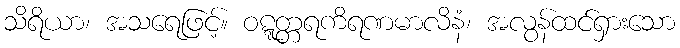
သိရိယာ၊ အသရေဖြင့်။ ဝဋ္ဋတ္တရကိရဏမာလိနံ၊ အလွန်ထင်ရှားသော